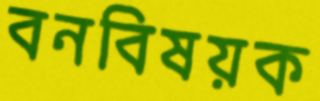
বনবিষয়ক